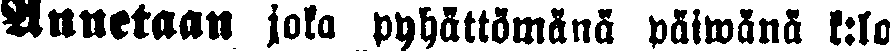
Annetaan joka pyhättömänä päiwänä k:lo